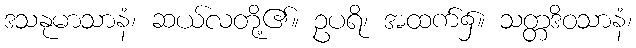
ဒသနုမာသာနံ၊ ဆယ်လတို့၏။ ဥပရိ၊ အထက်၌။ သတ္တဒိဝသာနံ၊